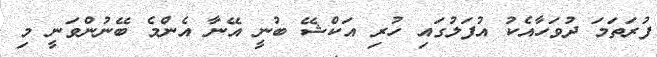
ފުރަތަމަ ދުވަހާއެކު އުފަލުގައި ހުރި އަކްޝޭ ބުނީ އޭނާ އެންމެ ބޭނުންވަނީ މި